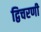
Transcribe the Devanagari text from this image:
द्विचरणी